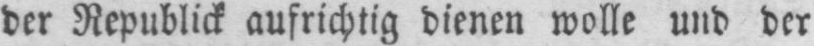
der Republick aufrichtig dienen wolle und der